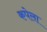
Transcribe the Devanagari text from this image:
कपेला